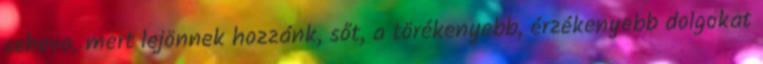
sehova, mert lejönnek hozzánk, sőt, a törékenyebb, érzékenyebb dolgokat